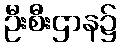
ဦးစီးဌာန၌